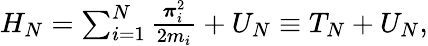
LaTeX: \begin{array}{r}{H_{N}=\sum_{i=1}^{N}\frac{\boldsymbol{\pi}_{i}^{2}}{2m_{i}}+U_{N}\equiv T_{N}+U_{N},}\end{array}